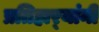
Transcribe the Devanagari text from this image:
प्रतिहार्‍यांनी